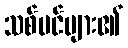
သစ်ပင်များ၏